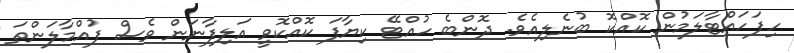
ހިފަހައްޓާލަމުން ކޮއްކޮ ބުނެލިއެވެ. ދޮންބެ ހުއްޓޭ ކިޔާފަ ކޮއްކޮވީ އަލިފާނަން ވެސް ފުއްމާލަންތަ